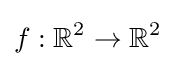
f:\mathbb {R} ^{2}\to \mathbb {R} ^{2}